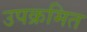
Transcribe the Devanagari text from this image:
उपक्रमित